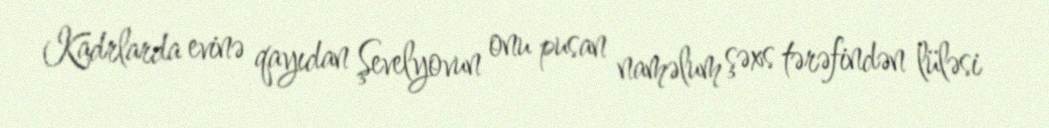
Kadrlarda evinə qayıdan Şevelyovun onu pusan naməlum şəxs tərəfindən lüləsi